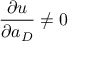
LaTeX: \frac { \partial u } { \partial a _ { D } } \neq 0